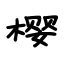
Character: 樱